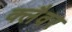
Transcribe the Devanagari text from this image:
क्लैवर